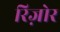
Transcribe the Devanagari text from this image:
रिज़ोर